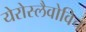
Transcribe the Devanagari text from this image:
येरोस्लैवोविच